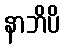
နာဘိပိ